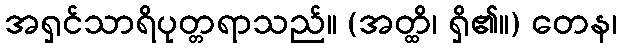
အရှင်သာရိပုတ္တရာသည်။ (အတ္ထိ၊ ရှိ၏။) တေန၊